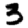
Digit: 3